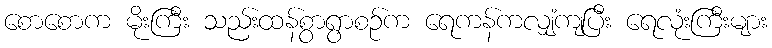
စောစောက မိုးကြီး သည်းထန်စွာရွာစဉ်က ရေကန်ကလျှံကျပြီး ရေလုံးကြီးများ